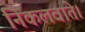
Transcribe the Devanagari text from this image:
निकलवाते।